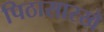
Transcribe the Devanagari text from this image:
पिठासारखे